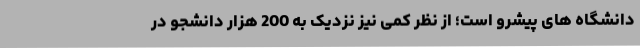
دانشگاه های پیشرو است؛ از نظر کمی نیز نزدیک به 200 هزار دانشجو در